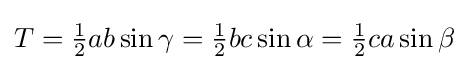
T={\tfrac {1}{2}}ab\sin \gamma ={\tfrac {1}{2}}bc\sin \alpha ={\tfrac {1}{2}}ca\sin \beta